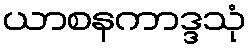
ယာစနကာဒ္ဒသုံ